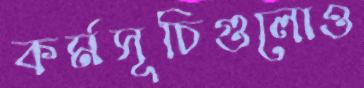
কর্মসূচিগুলোও